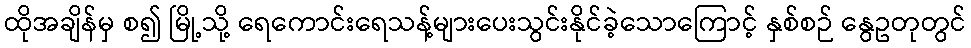
ထိုအချိန်မှ စ၍ မြို့သို့ ရေကောင်းရေသန့်များပေးသွင်းနိုင်ခဲ့သောကြောင့် နှစ်စဉ် နွေဥတုတွင်